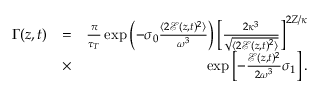
\begin{array} { r l r } { \Gamma ( z , t ) } & { = } & { \frac { \pi } { \tau _ { T } } \exp \left( - \sigma _ { 0 } \frac { \langle 2 \mathcal E ( z , t ) ^ { 2 } \rangle } { \omega ^ { 3 } } \right) \left[ \frac { 2 \kappa ^ { 3 } } { \sqrt { \langle 2 \mathcal E ( z , t ) ^ { 2 } \rangle } } \right] ^ { 2 Z / \kappa } } \\ & { \times } & { \exp \left[ - \frac { \mathcal E ( z , t ) ^ { 2 } } { 2 \omega ^ { 3 } } \sigma _ { 1 } \right] . } \end{array}